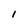
Character: I